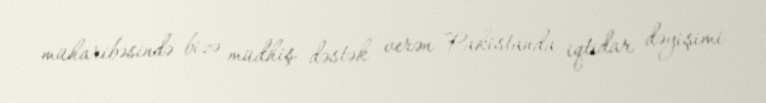
müharibəsində bizə müdhiş dəstək verən Pakistanda iqtidar dəyişimi